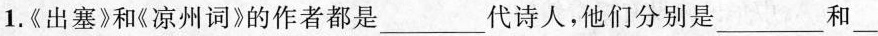
1.《出塞》和《凉州词》的作者都是___代诗人，他们分别是___和___